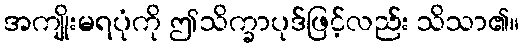
အကျိုးမရပုံကို ဤသိက္ခာပုဒ်ဖြင့်လည်း သိသာ၏။